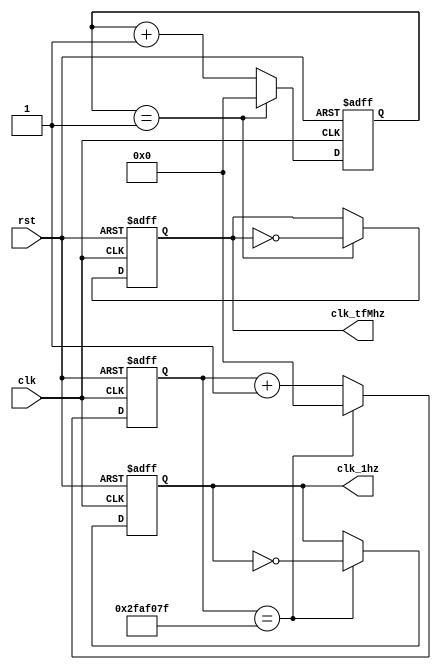
`timescale 1ns / 1ps
//////////////////////////////////////////////////////////////////////////////////
// Company: 
// Engineer: 
// 
// Design Name: 
// Module Name:    clk_divider 
// Project Name: 
// Target Devices: 
// Tool versions: 
// Description: 
//
// Dependencies: 
//
// Revision: 
// Revision 0.01 - File Created
// Additional Comments: 
//
//////////////////////////////////////////////////////////////////////////////////

//consult the Digilent tutorial on clk divider for more details https://learn.digilentinc.com/Documents/262
module clk_divider(input clk,
						input rst,
						output reg clk_1hz,
						output reg clk_tfMhz);

	localparam onehz_divisor = 50_000_000; //divisor logic: the clk is 100Mhz, 1hz = flip bit every 50000000 times the clk changes value.
	localparam tfmhz_divisor = 2; //1khz for seven seg display
	
	reg[31:0] onehz_counter;;
	reg[31:0] tfmhz_counter;
	
	always @ (posedge(clk) or posedge(rst)) begin //handles 1hz clk
		if(rst == 1'b1) begin //if reset then reset the values
			onehz_counter <= 32'b0;
			clk_1hz <= 1'b0;
 		end
		else if(onehz_counter == onehz_divisor - 1) begin //if the divisor value is reached, reset counter and flip the divided clk bit
			onehz_counter <= 32'b0;
			clk_1hz <= ~clk_1hz;
		end
		else begin //otherwise just increment the counter
			onehz_counter <= onehz_counter + 1;
			clk_1hz <= clk_1hz;
		end
	end
	
	always @ (posedge(clk) or posedge(rst)) begin //handles display 1khz clk
		if(rst == 1'b1) begin
			tfmhz_counter <= 32'b0;
			clk_tfMhz <= 1'b0;
 		end
		else if(tfmhz_counter == tfmhz_divisor - 1) begin
			tfmhz_counter <= 32'b0;
			clk_tfMhz <= ~clk_tfMhz;
		end
		else begin
			tfmhz_counter <= tfmhz_counter + 1;
			clk_tfMhz <= clk_tfMhz;
		end
	end

endmodule